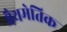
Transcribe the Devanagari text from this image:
मैथमेतिक